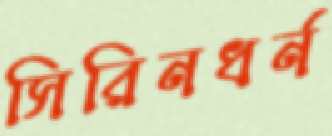
সিরিনধর্ন